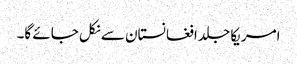
امریکا جلد افغانستان سے نکل جائے گا۔